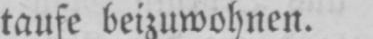
taufe beizuwohnen.